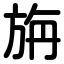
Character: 旃